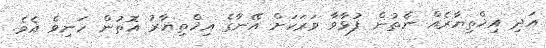
އަދި އިޚްތިޔާރެއް ނެތުން ފުޅާވާ ވަރަކަށް އޭނާގެ އިޚްތިޔާރު އޮތުން ހަނިވެ އެވެ.